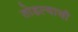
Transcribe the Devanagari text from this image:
तोडल्याची